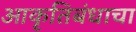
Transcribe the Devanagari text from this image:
आकृतिबंधाचा